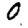
Digit: 0